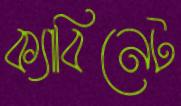
ক্যাবিনেট